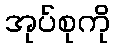
အုပ်စုကို